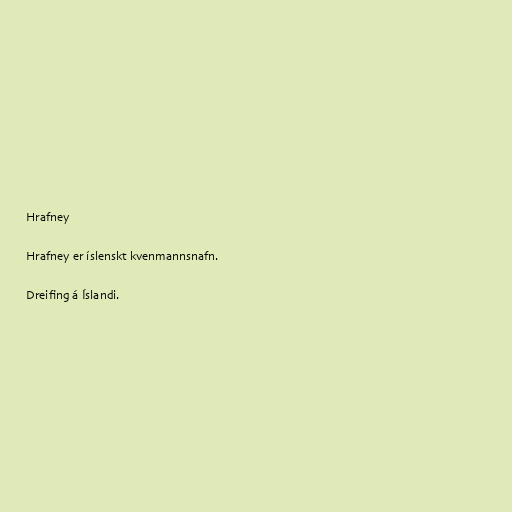
Hrafney

Hrafney er íslenskt kvenmannsnafn.

Dreifing á Íslandi.